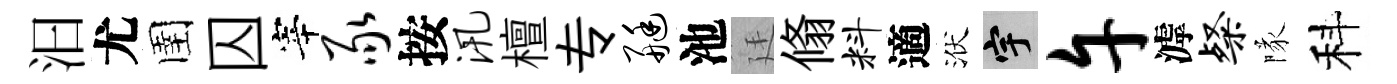
汩尤圉囚宰豕按汛檀专艇池廷翛料適洑宇午滹粲隊科